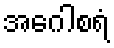
အဂေါစရံ